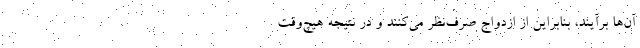
آن‌ها برآیند، بنابراین از ازدواج صرف‌نظر می‌کنند و در نتیجه هیچ‌وقت